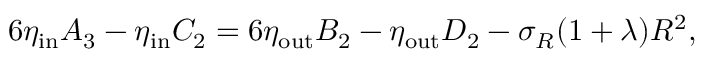
6 \eta _ { \mathrm { i n } } A _ { 3 } - \eta _ { \mathrm { i n } } C _ { 2 } = 6 \eta _ { \mathrm { o u t } } B _ { 2 } - \eta _ { \mathrm { o u t } } D _ { 2 } - \sigma _ { R } ( 1 + \lambda ) R ^ { 2 } ,